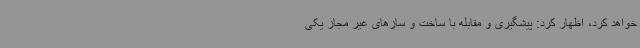
خواهد کرد، اظهار کرد: پیشگیری و مقابله با ساخت و سازهای غیر مجاز یکی